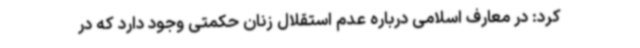
کرد: در معارف اسلامی درباره عدم استقلال زنان حکمتی وجود دارد که در